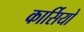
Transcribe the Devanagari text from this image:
कार्सियो